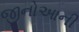
જીનોઆની